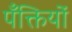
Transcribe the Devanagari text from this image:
पँक्तियों